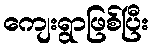
ကျေးရွာဖြစ်ပြီး